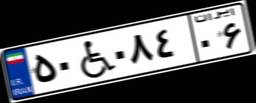
۵۰W۰۸۴۰۶